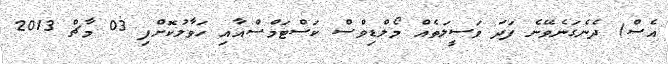
އެސް) ދެނެގަނެވޭނެ ފަދަ ވަސީލަތެއް މޯލްޑިވްސް ކަސްޓަމްސްއާއި ހަވާލުކޮށްފި 03 މާޗް 2013